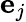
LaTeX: \mathbf{e}_{j}